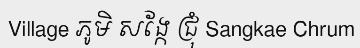
Village ភូមិ សង្កែ ជ្រុំ Sangkae Chrum